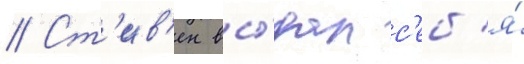
// Ст'ив'ен вы́дал с'еб'я́